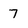
Character: 7